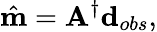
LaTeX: \hat{\mathbf{m}}=\mathbf{A}^{\dagger}\mathbf{d}_{obs},